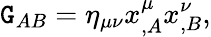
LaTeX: \mathtt{G}_{AB}=\eta_{\mu\nu}x_{,A}^{\mu}x_{,B}^{\nu},